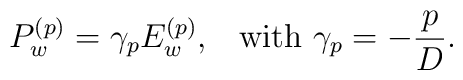
P_w^{(p)}   =\gamma_p E_w^{(p)},    \textrm{\,\,\, with } \gamma_p=-\frac{p}{D}.